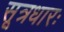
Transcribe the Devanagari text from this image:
सूत्रधारः